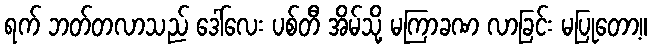
ရက် ဘတ်တလာသည် ဒေါ်လေး ပစ်တီ အိမ်သို့ မကြာခဏ လာခြင်း မပြုတော့။